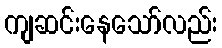
ကျဆင်းနေသော်လည်း